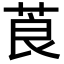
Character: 莨